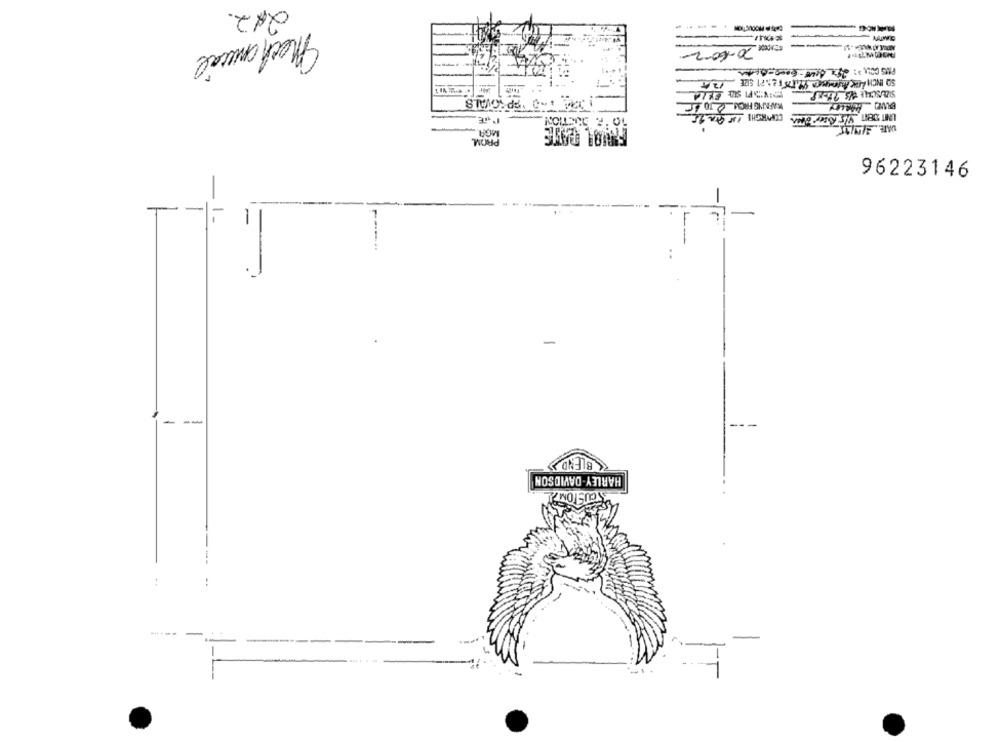
212.
---
Mechanical
20-60-2
PAS COUL 3: 29: 400-6:00-Beta
SO INCH LEK Ayons0 417512:27 SEE 124
324 1-0 FPSOVALS
KANNG FROM 20.0
BRICTION
10
UNIT DENT 4/5 REPSNON COPYRIGHT IN An 95
MGR
DATE 3/4/95
PROM.
96223146
1
-
-
-
-
BLEND
HARLEY-DAVIDSON
CUSTOMAY